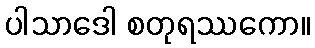
ပါသာဒေါ စတုရဿကော။